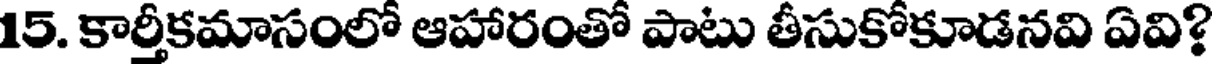
15. కార్తీకమాసంలో ఆహారంతో పాటు తీసుకోకూడనవి ఏవి?